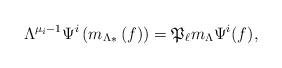
LaTeX: \begin{align*} \Lambda^{\mu_i - 1} \Psi^i \left( {m_{\Lambda}}_{*} \left( f \right) \right) = \mathfrak{P}_{\ell}m_{\Lambda} \Psi^i (f), \end{align*}